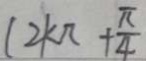
( 2 k \pi + \frac { \pi } { 4 }